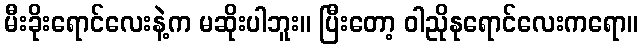
မီးခိုးရောင်လေးနဲ့က မဆိုးပါဘူး။ ပြီးတော့ ဝါညိုနုရောင်လေးကရော။